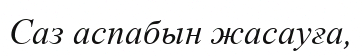
Саз аспабын жасауға,